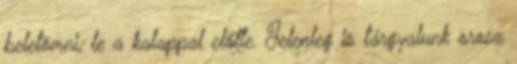
beletömni, le a kalappal előtte. Jelenleg is tárgyalunk orosz